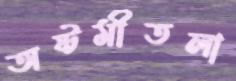
অষ্টমীতলা